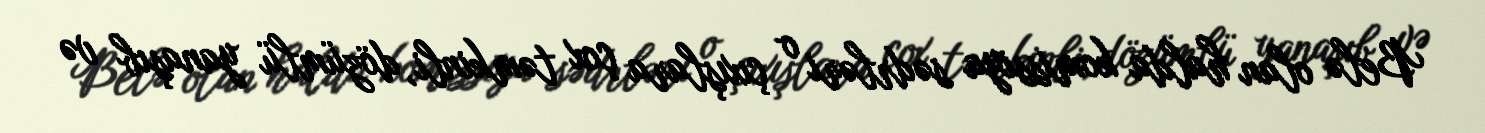
Belə olan halda komissiya sədrləri o çıxışlara çox təmkinli, dözümlü yanaşıb və